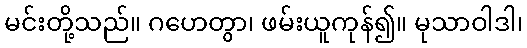
မင်းတို့သည်။ ဂဟေတွာ၊ ဖမ်းယူကုန်၍။ မုသာဝါဒါ၊